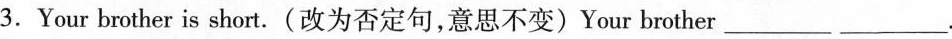
3.Your brother is short.(改为否定句,意思不变)Your brother ___.